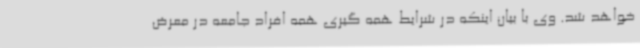
خواهد شد. وی با بیان اینکه در شرایط همه گیری همه افراد جامعه در معرض